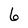
Character: 6